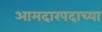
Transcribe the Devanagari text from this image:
आमदारपदाच्या